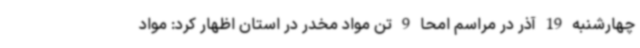
چهارشنبه 19 آذر در مراسم امحا 9 تن مواد مخدر در استان اظهار کرد: مواد